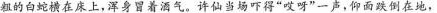
粗的白蛇横在床上，浑身冒着酒气。许仙当场吓得”哎呀”一声，仰面跌倒在地，